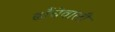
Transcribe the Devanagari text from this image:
ढाँचेवाली